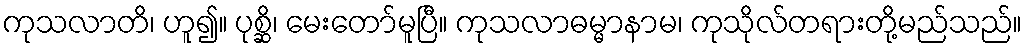
ကုသလာတိ၊ ဟူ၍။ ပုစ္ဆိ၊ မေးတော်မူပြီ။ ကုသလာဓမ္မာနာမ၊ ကုသိုလ်တရားတို့မည်သည်။